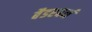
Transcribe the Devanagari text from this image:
बैडरबर्न